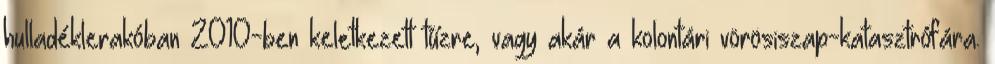
hulladéklerakóban 2010-ben keletkezett tűzre, vagy akár a kolontári vörösiszap-katasztrófára.